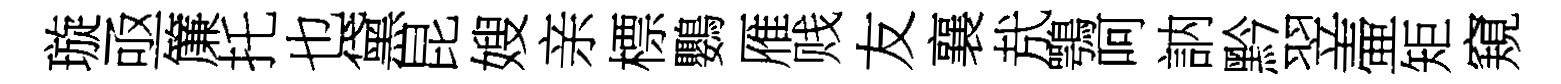
璇亟簾托也黛昆嫂亲標鸚雁贱友襄㢤鶚呵訥黔翌壷矩窺